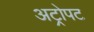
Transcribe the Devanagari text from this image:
अट्रोपट